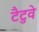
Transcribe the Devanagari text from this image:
टैटुवे